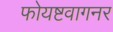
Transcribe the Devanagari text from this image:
फोयष्टवागनर